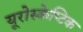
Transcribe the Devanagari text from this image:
यूरोस्केप्टिक